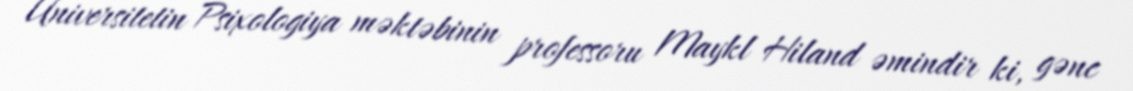
Universitetin Psixologiya məktəbinin professoru Maykl Hiland əmindir ki, gənc